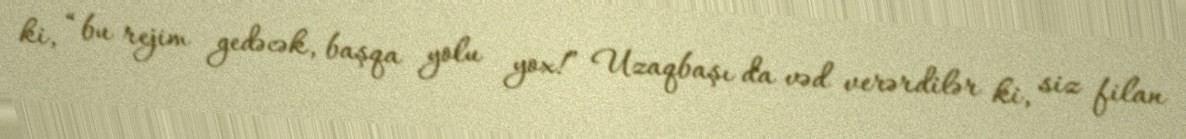
ki, “bu rejim gedəcək, başqa yolu yox!” Uzaqbaşı da vəd verərdilər ki, siz filan